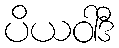
ပိယဝါဒီ